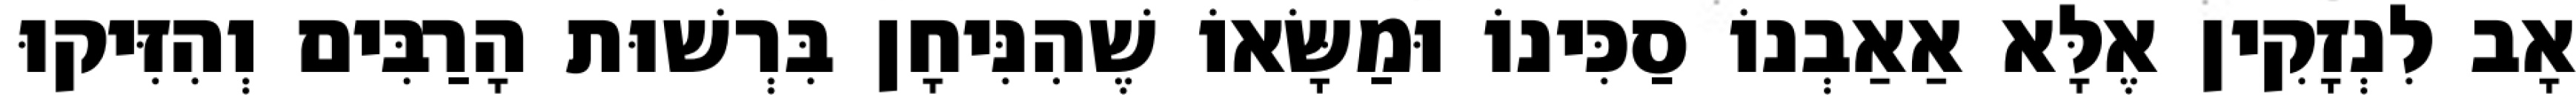
אָב לִנְזָקִין אֶלָּא אַאַבְנוֹ סַכִּינוֹ וּמַשָּׂאוֹ שֶׁהִנִּיחָן בִּרְשׁוּת הָרַבִּים וְהִזִּיקוּ